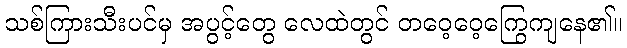
သစ်ကြားသီးပင်မှ အပွင့်တွေ လေထဲတွင် တဝေ့ဝေ့ကြွေကျနေ၏။